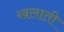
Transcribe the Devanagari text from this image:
खलाती